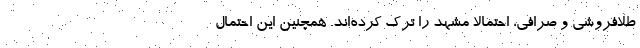
طلافروشی و صرافی، احتمالا مشهد را ترک کرده‌اند. همچنین این احتمال